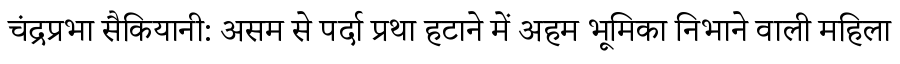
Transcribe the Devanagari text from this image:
चंद्रप्रभा सैकियानी: असम से पर्दा प्रथा हटाने में अहम भूमिका निभाने वाली महिला